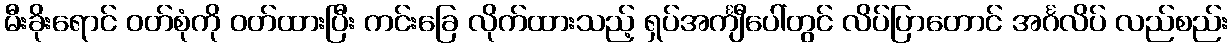
မီးခိုးရောင် ဝတ်စုံကို ဝတ်ထားပြီး ကင်းခြေ လိုက်ထားသည့် ရှပ်အင်္ကျီပေါ်တွင် လိပ်ပြာတောင် အင်္ဂလိပ် လည်စည်း